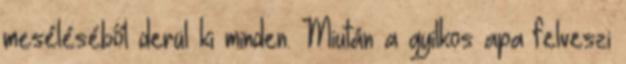
meséléséből derül ki minden. Miután a gyilkos apa felveszi